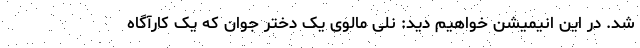
شد. در این انیمیشن خواهیم دید: نلی مالوی یک دختر جوان که یک کارآگاه